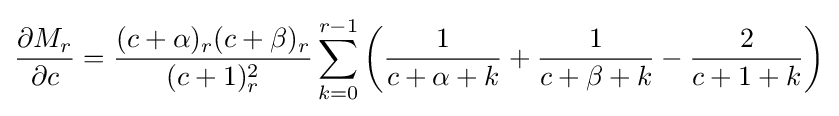
{\frac {\partial M_{r}}{\partial c}}={\frac {(c+\alpha )_{r}(c+\beta )_{r}}{(c+1)_{r}^{2}}}\sum _{k=0}^{r-1}\left({\frac {1}{c+\alpha +k}}+{\frac {1}{c+\beta +k}}-{\frac {2}{c+1+k}}\right)